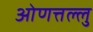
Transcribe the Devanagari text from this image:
ओणत्तल्लु